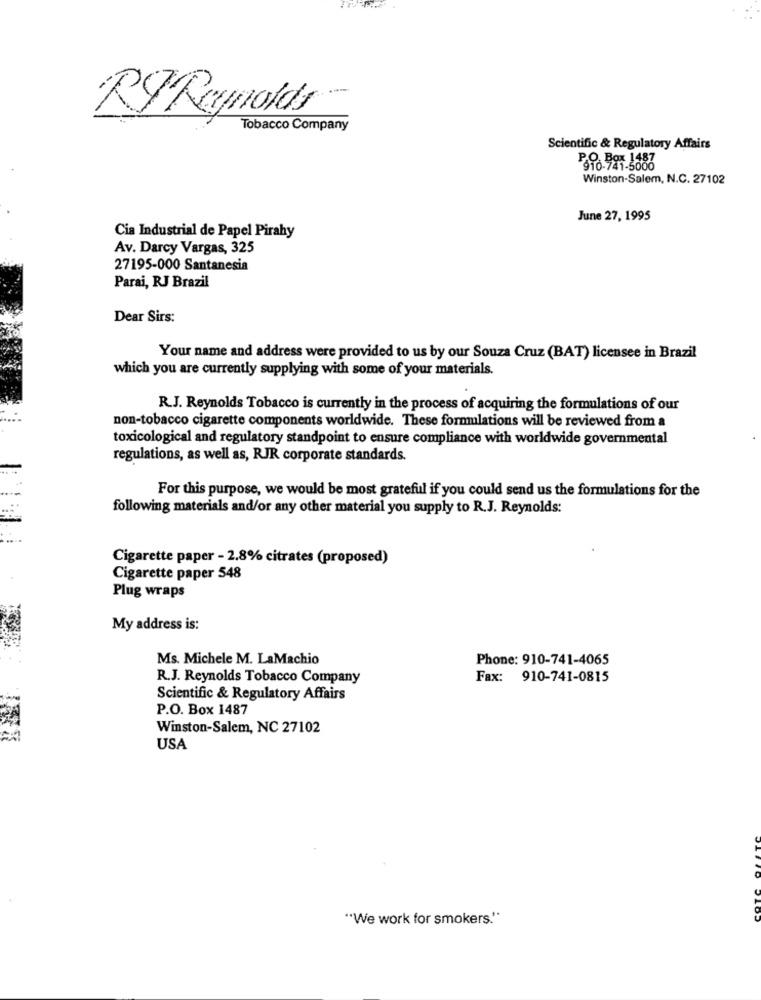
--
RYReynolds
Tobacco Company
Scientific & Regulatory Affairs
910-741-5006
Winston-Salem, N.C. 27102
June 27, 1995
Cia Industrial de Papel Pirahy
Av. Darcy Vargas, 325
27195-000 Santanesia
Parai, RJ Brazil
Dear Sirs:
Your name and address were provided to us by our Souza Cruz (BAT) licensee in Brazil
which you are currently supplying with some of your materials.
R.J. Reynolds Tobacco is currently in the process of acquiring the formulations of our
non-tobacco cigarette components worldwide. These formulations will be reviewed from a
toxicological and regulatory standpoint to ensure compliance with worldwide governmental
regulations, as well as, RJR corporate standards.
For this purpose, we would be most grateful if you could send us the formulations for the
following materials and/or any other material you supply to R.J. Reynolds:
Cigarette paper - 2.8% citrates (proposed)
Cigarette paper 548
Plug wraps
My address is:
Ms. Michele M. LaMachio
Phone: 910-741-4065
R.J. Reynolds Tobacco Company
Fax: 910-741-0815
Scientific & Regulatory Affairs
P.O. Box 1487
Winston-Salem, NC 27102
USA
"We work for smokers."